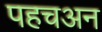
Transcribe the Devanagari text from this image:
पहचअन